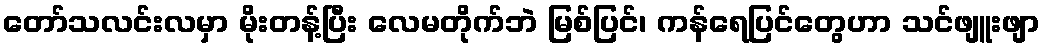
တော်သလင်းလမှာ မိုးတန့်ပြီး လေမတိုက်ဘဲ မြစ်ပြင်၊ ကန်ရေပြင်တွေဟာ သင်ဖျူးဖျာ